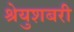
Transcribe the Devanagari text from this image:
श्रेयुशबरी